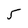
Character: 5